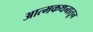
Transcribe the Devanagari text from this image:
आत्मकथनातून